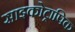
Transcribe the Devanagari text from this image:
साइकोट्रापिक